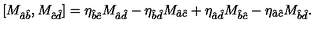
[ M _ { \hat { a } \hat { b } } , M _ { \hat { c } \hat { d } } ] = \eta _ { \hat { b } \hat { c } } M _ { \hat { a } \hat { d } } - \eta _ { \hat { b } \hat { d } } M _ { \hat { a } \hat { c } } + \eta _ { \hat { a } \hat { d } } M _ { \hat { b } \hat { c } } - \eta _ { \hat { a } \hat { c } } M _ { \hat { b } \hat { d } } .